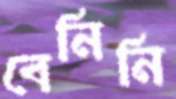
বেনিনি